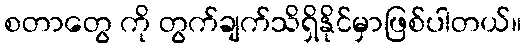
စတာတွေ ကို တွက်ချက်သိရှိနိုင်မှာဖြစ်ပါတယ်။